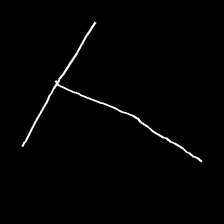
Glyph: column